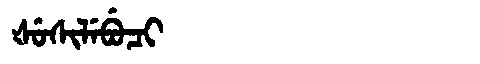
Manchu: ᡧᡠᠰᡳᠯᡝᠪᡠᠴᡳ
Romanization: ŠUSILEBUCI